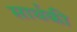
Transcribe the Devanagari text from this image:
सार्थकी